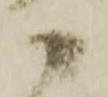
か